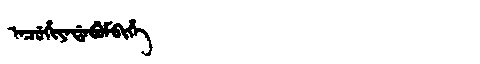
Manchu: ᠠᠴᡠᡥᡳᠶᠠᡩᠠᠪᡠᠮᠪᡳᡥᡝ
Romanization: ACUHIYADABUMBIHE